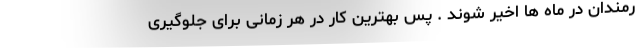
رمندان در ماه ها اخیر شوند . پس بهترین کار در هر زمانی برای جلوگیری